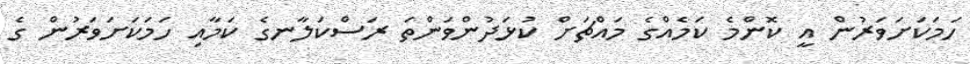
ހަމަކަށަވަރުން އީ ކޮންމެ ކަމެއްގެ މައްޗަށް ކުޅަދުންވަންތަ ރަސްކަލާނގެ ކަމާއި ހަމަކަށަވަރުން ގެ